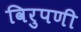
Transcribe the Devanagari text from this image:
विरुपणी